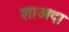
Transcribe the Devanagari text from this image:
शाअदा